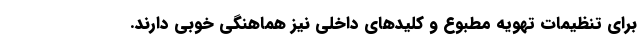
برای تنظیمات تهویه مطبوع و کلیدهای داخلی نیز هماهنگی خوبی دارند.